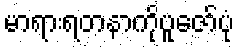
မာရားရတနာကိုပူဇော်ပုံ